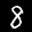
Label: 8